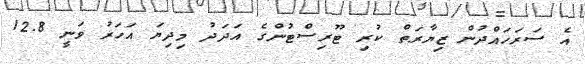
އެ ސަރަހައްދުން ޒިޔާރަތް ކުރި ޓޫރިސްޓުންގެ އަދަދު މިދިޔަ އަހަރު ވަނީ 12.8